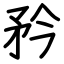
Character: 矜